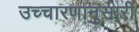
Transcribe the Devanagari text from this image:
उच्चारणानुसारी